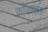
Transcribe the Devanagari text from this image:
कोरलाईला